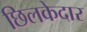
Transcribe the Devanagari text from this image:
छिलकेदार